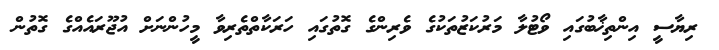
ރިޔާސީ އިންތިޚާބުގައި ވޯޓުލާ މަރުކަޒުތަކުގެ ވެރިންގެ ގޮތުގައި ހަރަކާތްތެރިވާ މީހުންނަށް އުޖޫރައެއްގެ ގޮތުން